Scientific memoirs by medical officers of the Army of India - Part XI,
Year: 1898
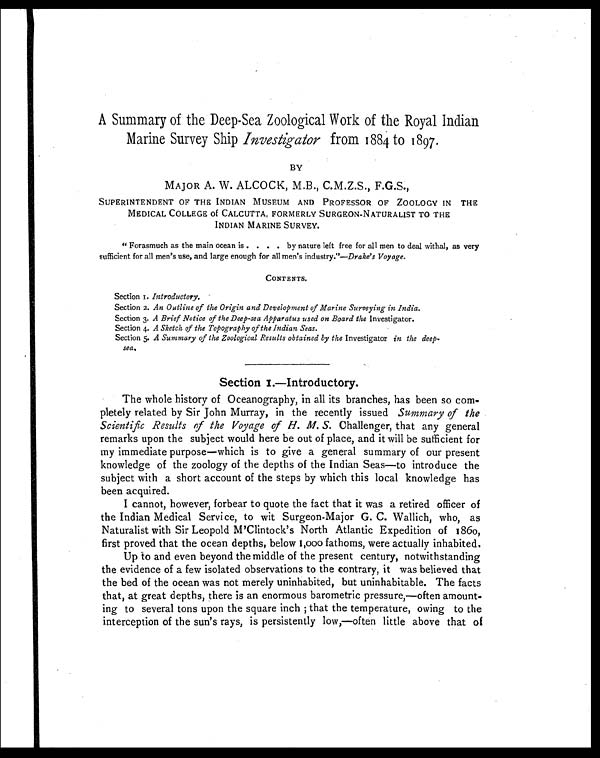
A Summary of the Deep-Sea Zoological Work of the Royal Indian
Marine Survey Ship Investigator from 1884 to 1897.
BY
MAJOR A. W. ALCOCK, M.B., C.M.Z.S., F.G.S.,
SUPERINTENDENT OF THE INDIAN MUSEUM AND PROFESSOR OF ZOOLOGY IN THE
MEDICAL COLLEGE of CALCUTTA, FORMERLY SURGEON-NATURALIST TO THE
INDIAN MARINE SURVEY.
"Forasmuch as the main ocean is . . . . by nature left free for all men to deal withal, as very
sufficient for all men's use, and large enough for all men's industry."— Drake's Voyage.
CONTENTS.
Section I. Introductory.
Section 2. An Outline of the Origin and Development of Marine Surveying in India.
Section 3. A Brief Notice of the Deep-sea Apparatus used on Board the Investigator.
Section 4. A Sketch of the Topography of the Indian Seas.
Section 5. A Summary of the Zoological Results obtained by the Investigator in the deep-
sea,
Section I.—Introductory.
The whole history of Oceanography, in all its branches, has been so com-
pletely related by Sir John Murray, in the recently issued Summary of the
Scientific Results of the Voyage of H. M. S. Challenger, that any general
remarks upon the subject would here be out of place, and it will be sufficient for
my immediate purpose—which is to give a general summary of our present
knowledge of the zoology of the depths of the Indian Seas—to introduce the
subject with a short account of the steps by which this local knowledge has
been acquired.
I cannot, however, forbear to quote the fact that it was a retired officer of
the Indian Medical Service, to wit Surgeon-Major G. C. Wallich, who, as
Naturalist with Sir Leopold M'Clintock's North Atlantic Expedition of 1860,
first proved that the ocean depths, below 1,000 fathoms, were actually inhabited.
Up to and even beyond the middle of the present century, notwithstanding
the evidence of a few isolated observations to the contrary, it was believed that
the bed of the ocean was not merely uninhabited, but uninhabitable. The facts
that, at great depths, there is an enormous barometric pressure,—often amount-
ing to several tons upon the square inch; that the temperature, owing to the
interception of the sun's rays, is persistently low,—often little above that of